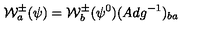
{ \cal W } _ { a } ^ { \pm } ( \psi ) = { \cal W } _ { b } ^ { \pm } ( \psi ^ { 0 } ) ( A d g ^ { - 1 } ) _ { b a } \,